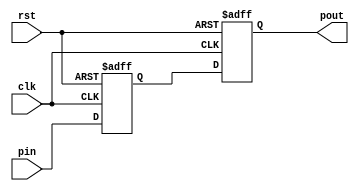
module synchronizer(clk,rst,pin,pout);

	parameter pt=3;
	input clk,rst;
	input [pt:0]pin;
	output reg [pt:0]pout;
	reg [pt:0]dly;

always@(posedge clk,negedge rst)
begin
	if(!rst)
	begin
		dly<=0;
		pout<=0;
	end
	else
	begin
		pout<=dly;
		dly<=pin;
	end
end

endmodule